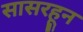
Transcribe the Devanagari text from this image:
सासरहून